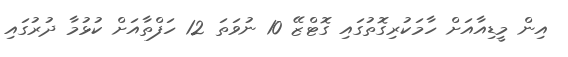
އިން މީޑިއާއަށް ހާމަކުރިގޮތުގައި ގޮޓްޒޭ 10 ނުވަތަ 12 ހަފްތާއަށް ކުޅުމާ ދުރުގައި